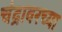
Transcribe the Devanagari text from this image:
चंद्रावरच्या